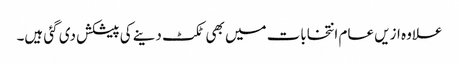
علاوہ ازیں عام انتخابات میں بھی ٹکٹ دینے کی پیشکش دی گئی ہیں۔